Vaccination United Provinces of Agra and Oudh 1923-1928 - 1923-1928
Year: 1923
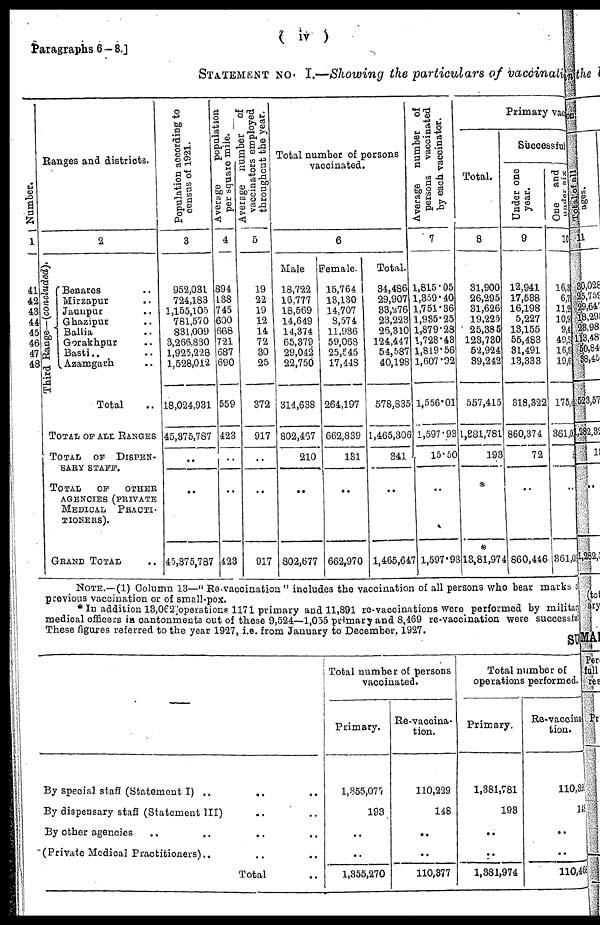
Paragraphs 6—8.]
( iv )
STATEMENT NO. I.—Showing the particulars of vaccinati
Number.
1
41
42
43
44
45
46
47
48
Ranges and districts.
2
Third Range—(concluded).
Benares ..
Mirzapur ..
Jaunpur ..
Ghazipur ..
Ballia ..
Gorakhpur ..
Basti ..
Azamgarh ..
Total ..
TOTAL OF ALL RANGES
TOTAL OF DISPEN-
SARY STAFF.
TOTAL
OF
OTHER
AGENCIES (PRIVATE
MEDICAL PRACTI¬
-------).
GRAND TOTAL ..
Population according to
census of 1921.
3
952,031
724,183
1,155,105
781,570
831,009
3,266,830
1,925,228
1,528,012
18,024,931
45,375,787
..
..
45,375,787
Average
population
per square mile.
4
894
138
745
600
668
721
687
690
559
423
..
..
423
Average number of
vaccinators employed
throughout the year.
5
19
22
19
12
14
72
30
25
372
917
..
..
917
Total number of persons
vaccinated.
6
Male
18,722
16,777
18,569
14,649
14,374
65,379
29,042
22,750
314,638
802,467
210
..
802,677
female.
15,764
13,130
14,707
8,574
11,936
59,068
25,545
17,448
264,197
662,839
131
..
662,970
Total.
34,486
29,907
33,276
23,223
26,310
124,447
54,587
40,198
578,835
1,465,306
341
..
1,465,647
Average
number of
persons
vaccinated
by each vaccinator.
7
1,815.05
1,359.40
1,751.36
1,935.25
1,879.28
1,728.43
1,819.56
1,607.92
1,556.01
1,597.93
15.50
..
1,597.93
Primary vac
Total.
8
31,900
26,295
31,626
19,225
25,385
123,730
52,924
39,242
557,415
1,381,781
193
*
*
13,81,974
Successful
Under one
year.
9
12,941
17,538
16,198
5,227
13,155
55,483
31,491
13,333
318,322
860,374
72
..
860,446
One and
under six
10
16,3
6,7
11,2
10,9
9,4
49,2
16,8
19,6
175,4
361,00
..
..
361,09
NOTE.—(1) Column 13—"Re-vaccination" includes the vaccination of all persons who bear marks of
previous vaccination or of small-pox.
* In addition 13,062, operations 1171 primary and 11,891 re-vaccinations were performed by military
medical officers in cantonments out of these 9,524—1,055 primary and 8,469 re-vaccination were successful
These figures referred to the year 1927, i.e. from January to December, 1927.
SUM
By special staff (Statement I) .. .. ..
By dispensary staff (Statement III) .. ..
By other agencies .. .. .. ..
(Private Medical Practitioners) .. .. ..
Total ..
Total number of persons
vaccinated.
Primary.
1,355,077
193
..
..
1,355,270
Re-vaccina-
tion.
110,229
148
..
..
110,377
Total number of
operations performed.
Primary.
1,381,781
193
..
..
1,381,974
Re-vaccina¬
tion.
110,320
148
..
..
110,468